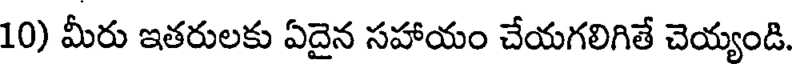
10) మీరు ఇతరులకు ఏదైన సహాయం చేయగలిగితే చెయ్యండి.